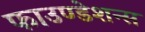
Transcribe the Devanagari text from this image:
फाउण्डेशन्स